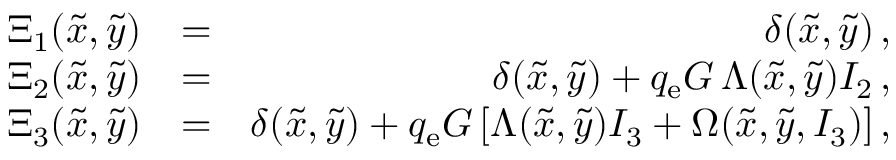
\begin{array} { r l r } { \Xi _ { 1 } ( \tilde { x } , \tilde { y } ) } & { = } & { \delta ( \tilde { x } , \tilde { y } ) \, , } \\ { \Xi _ { 2 } ( \tilde { x } , \tilde { y } ) } & { = } & { \delta ( \tilde { x } , \tilde { y } ) + q _ { \mathrm { e } } G \, \Lambda ( \tilde { x } , \tilde { y } ) I _ { 2 } \, , } \\ { \Xi _ { 3 } ( \tilde { x } , \tilde { y } ) } & { = } & { \delta ( \tilde { x } , \tilde { y } ) + q _ { \mathrm { e } } G \, [ \Lambda ( \tilde { x } , \tilde { y } ) I _ { 3 } + \Omega ( \tilde { x } , \tilde { y } , I _ { 3 } ) ] \, , } \end{array}